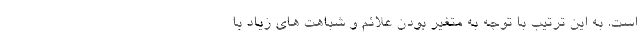
است. به این ترتیب با توجه به متغیر بودن علائم و شباهت های زیاد با